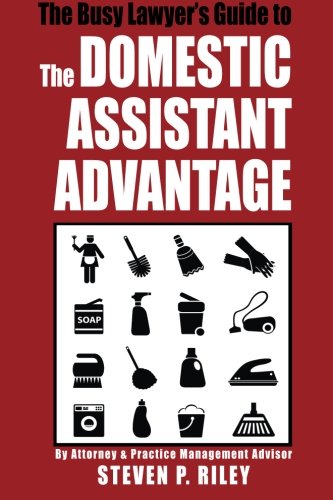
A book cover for The Busy Lawyer's Guide to the Domestic Assistant Advantage; Steven P Riley; Law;